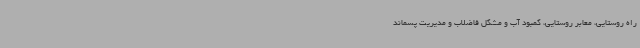
راه روستایی، معابر روستایی، کمبود آب و مشکل فاضلاب و مدیریت پسماند